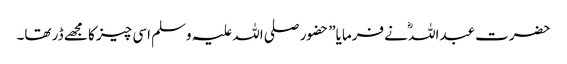
حضرت عبداللہؓ نے فرمایا” حضور صلی اللہ علیہ وسلم اسی چیز کا مجھے ڈر تھا۔